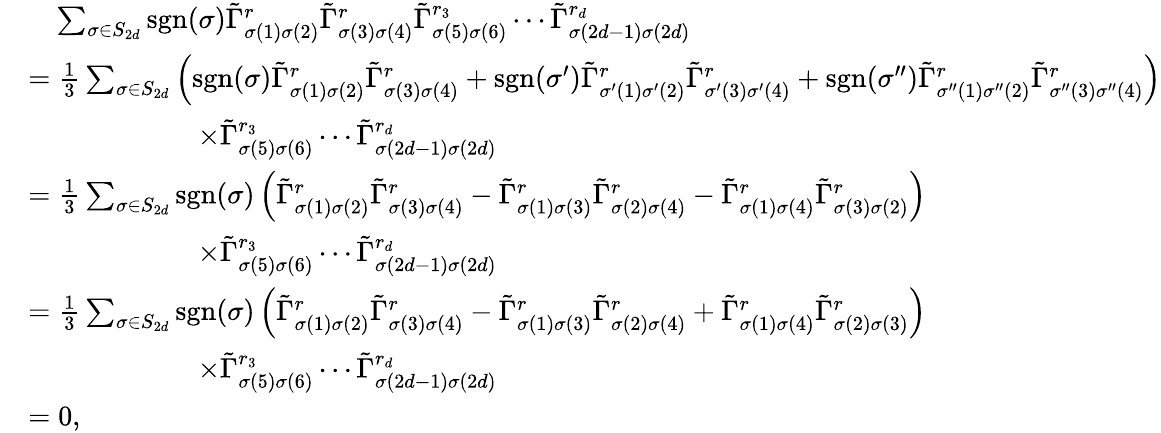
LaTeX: \begin{array}{rl}&{\quad\sum_{\sigma\in S_{2d}}\mathrm{sgn}(\sigma)\tilde{\Gamma}_{\sigma(1)\sigma(2)}^{r}\tilde{\Gamma}_{\sigma(3)\sigma(4)}^{r}\tilde{\Gamma}_{\sigma(5)\sigma(6)}^{r_{3}}\cdots\tilde{\Gamma}_{\sigma(2d-1)\sigma(2d)}^{r_{d}}}\\ &{=\frac{1}{3}\sum_{\sigma\in S_{2d}}\left(\mathrm{sgn}(\sigma)\tilde{\Gamma}_{\sigma(1)\sigma(2)}^{r}\tilde{\Gamma}_{\sigma(3)\sigma(4)}^{r}+\mathrm{sgn}(\sigma^{\prime})\tilde{\Gamma}_{\sigma^{\prime}(1)\sigma^{\prime}(2)}^{r}\tilde{\Gamma}_{\sigma^{\prime}(3)\sigma^{\prime}(4)}^{r}+\mathrm{sgn}(\sigma^{\prime\prime})\tilde{\Gamma}_{\sigma^{\prime\prime}(1)\sigma^{\prime\prime}(2)}^{r}\tilde{\Gamma}_{\sigma^{\prime\prime}(3)\sigma^{\prime\prime}(4)}^{r}\right)}\\ &{\qquad\qquad\qquad\times\tilde{\Gamma}_{\sigma(5)\sigma(6)}^{r_{3}}\cdots\tilde{\Gamma}_{\sigma(2d-1)\sigma(2d)}^{r_{d}}}\\ &{=\frac{1}{3}\sum_{\sigma\in S_{2d}}\mathrm{sgn}(\sigma)\left(\tilde{\Gamma}_{\sigma(1)\sigma(2)}^{r}\tilde{\Gamma}_{\sigma(3)\sigma(4)}^{r}-\tilde{\Gamma}_{\sigma(1)\sigma(3)}^{r}\tilde{\Gamma}_{\sigma(2)\sigma(4)}^{r}-\tilde{\Gamma}_{\sigma(1)\sigma(4)}^{r}\tilde{\Gamma}_{\sigma(3)\sigma(2)}^{r}\right)}\\ &{\qquad\qquad\qquad\times\tilde{\Gamma}_{\sigma(5)\sigma(6)}^{r_{3}}\cdots\tilde{\Gamma}_{\sigma(2d-1)\sigma(2d)}^{r_{d}}}\\ &{=\frac{1}{3}\sum_{\sigma\in S_{2d}}\mathrm{sgn}(\sigma)\left(\tilde{\Gamma}_{\sigma(1)\sigma(2)}^{r}\tilde{\Gamma}_{\sigma(3)\sigma(4)}^{r}-\tilde{\Gamma}_{\sigma(1)\sigma(3)}^{r}\tilde{\Gamma}_{\sigma(2)\sigma(4)}^{r}+\tilde{\Gamma}_{\sigma(1)\sigma(4)}^{r}\tilde{\Gamma}_{\sigma(2)\sigma(3)}^{r}\right)}\\ &{\qquad\qquad\qquad\times\tilde{\Gamma}_{\sigma(5)\sigma(6)}^{r_{3}}\cdots\tilde{\Gamma}_{\sigma(2d-1)\sigma(2d)}^{r_{d}}}\\ &{=0,}\end{array}